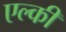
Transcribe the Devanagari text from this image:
एल्की